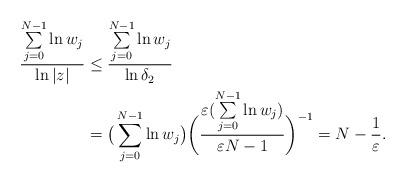
LaTeX: \begin{align*}\frac{\sum\limits_{j=0}^{N-1}\ln w_j}{\ln|z|}&\leq \frac{\sum\limits_{j=0}^{N-1}\ln w_j}{\ln\delta_2}\\&=\big(\sum\limits_{j=0}^{N-1}\ln w_j\big)\bigg(\frac{\varepsilon(\sum\limits_{j=0}^{N-1}\ln w_j)}{\varepsilon{N}-1}\bigg)^{-1}=N-\frac{1}{\varepsilon}.\end{align*}